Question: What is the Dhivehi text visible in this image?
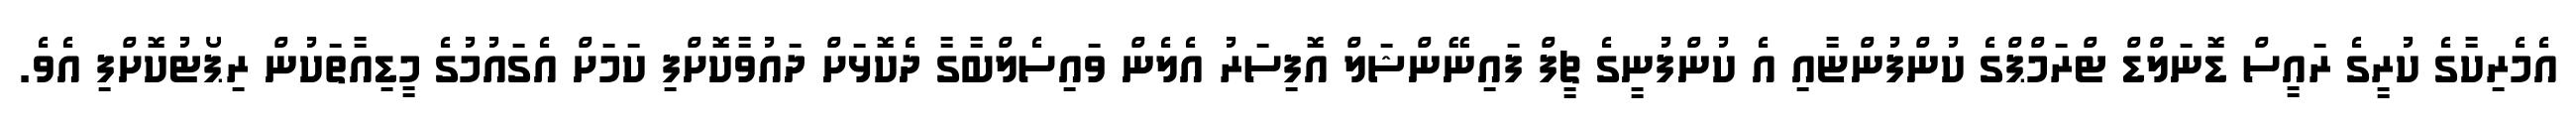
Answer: އެމެރިކާގެ ކުރީގެ ރައީސް ޑޮނަލްޑް ޓްރަމްޕްގެ ކުންފުންޏާއި އެ ކުންފުނީގެ ޗީފް ފައިނޭންޝަލް އޮފިސަރު އެލެން ވައިސެލްބާގާ ދެކޮޅަށް ދައުވާކޮށްފި ކަމަށް އެގައުމުގެ މީޑިއާތަކުން ރިޕޯޓުކޮށްފި އެވެ.